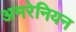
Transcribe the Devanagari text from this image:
अमरेनियन